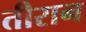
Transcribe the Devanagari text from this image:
तीरान